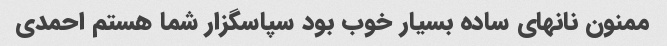
ممنون نانهای ساده بسیار خوب بود سپاسگزار شما هستم احمدی